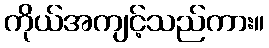
ကိုယ်အကျင့်သည်ကား။